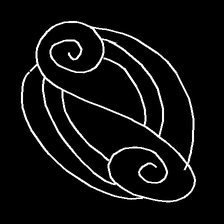
Glyph: wind-underfoot